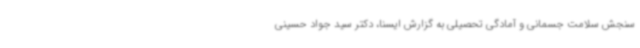
سنجش سلامت جسمانی و آمادگی تحصیلی به گزارش ایسنا، دکتر سید جواد حسینی